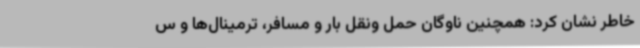
خاطر نشان کرد: همچنین ناوگان حمل ونقل بار و مسافر، ترمینال‌ها و س